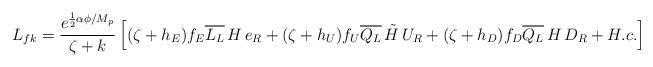
LaTeX: \begin{align*}L_{fk}=\frac{ e^{\frac{1}{2}\alpha\phi /M_{p}}}{\zeta +k}\left[(\zeta +h_{E}) f_{E}\overline{L_{L}}\,H\,e_{R}+(\zeta +h_{U}) f_{U}\overline{Q_{L}}\,\tilde{H}\,U_{R}+(\zeta +h_{D}) f_{D}\overline{Q_{L}}\,H\,D_{R} +H.c.\right]\end{align*}